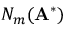
N _ { m } ( \mathbf A ^ { * } )